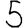
Digit: 5